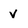
Character: v